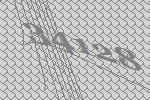
34128